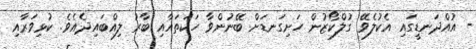
- އުއްދަނޑީގައި އެކުލެވޭ ގުލްކޯޒުން ހަށިގަނޑަށް ބޭނުންވާ ހަކަތައާއި ބާރު ލިއްބައިދެއެވެ. ކުޅިވަރާއި